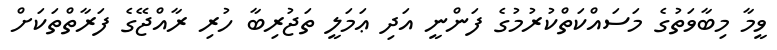
ވީމާ މިބާވަތުގެ މަސައްކަތްކުރުމުގެ ފަންނީ އަދި ޢަމަލީ ތަޖުރިބާ ހުރި ރާއްޖޭގެ ފަރާތްތަކަށް